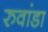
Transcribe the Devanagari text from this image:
रुवांडा